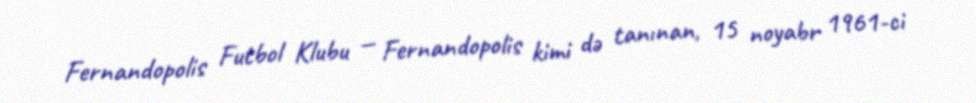
Fernandopolis Futbol Klubu — Fernandopolis kimi də tanınan, 15 noyabr 1961-ci